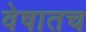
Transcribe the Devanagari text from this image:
वेषातच